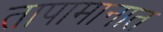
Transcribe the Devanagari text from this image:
तापामानात